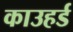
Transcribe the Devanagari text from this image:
काउहर्ड